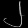
Digit: ၂